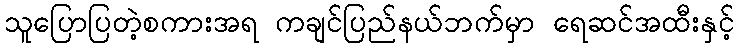
သူပြောပြတဲ့စကားအရ ကချင်ပြည်နယ်ဘက်မှာ ရေဆင်အထီးနှင့်